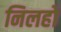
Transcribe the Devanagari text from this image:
निलहों